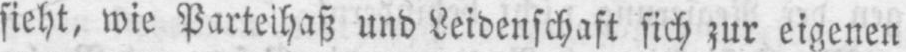
sieht, wie Parteihaß und Leidenschaft sich zur eigenen